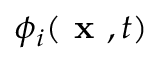
\phi _ { i } ( \textbf { x } , t )